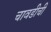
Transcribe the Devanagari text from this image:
चावडीची